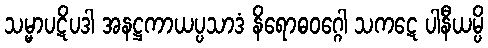
သမ္မာပဋိပဒါ အနဋ္ဌကာယပ္ပသာဒံ နိရောဓဝဂ္ဂေါ သကဋေ ပါနီယမ္ပိ